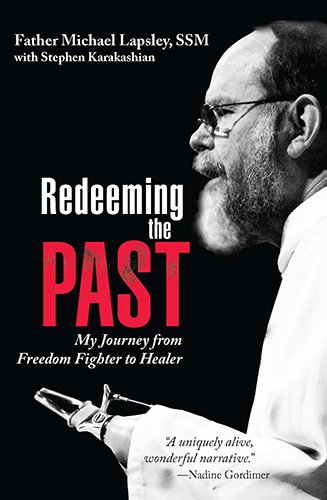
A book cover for Redeeming the Past: My Journey from Freedom Fighter to Healer; Michael Lapsley; Christian Books & Bibles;